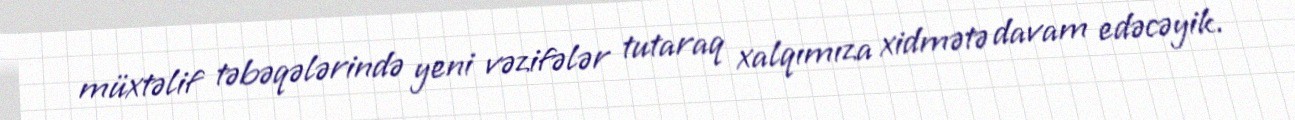
müxtəlif təbəqələrində yeni vəzifələr tutaraq xalqımıza xidmətə davam edəcəyik.